Source: Handwritten
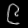
Digit: ၉ (9)